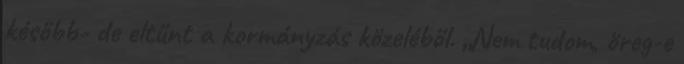
később- de eltűnt a kormányzás közeléből. „Nem tudom, öreg-e